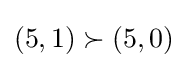
(5,1)\succ (5,0)